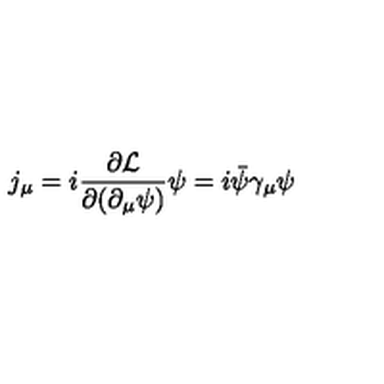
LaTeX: j _ { \mu } = i { \frac { \partial { \cal L } } { \partial ( \partial _ { \mu } \psi ) } } \psi = i \bar { \psi } \gamma _ { \mu } \psi